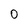
Character: 0